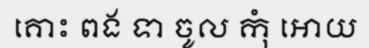
គោះ ពង ទា ចូល កុំ អោយ